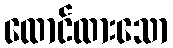
ထောင်ထားသော